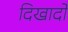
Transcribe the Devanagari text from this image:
दिखादो